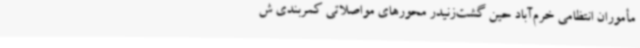
مأموران انتظامی خرم‌آباد حین گشت‌زنیدر محورهای مواصلاتی کمربندی ش